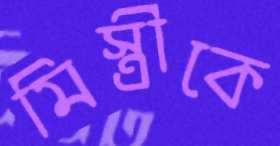
মিস্ত্রীকে